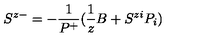
S ^ { z - } = - \frac { 1 } { P ^ { + } } ( \frac { 1 } { z } B + S ^ { z i } P _ { i } )